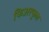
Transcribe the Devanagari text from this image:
फिअरफुल